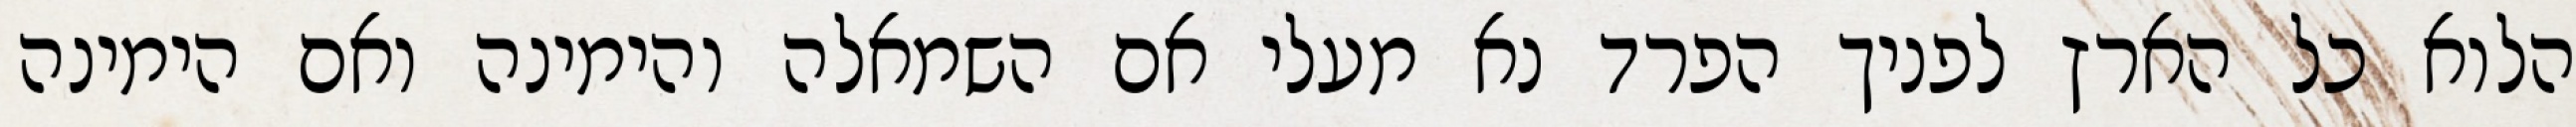
הלוא כל הארץ לפניך הפרד נא מעלי אם השמאלה והימינה ואם הימינה